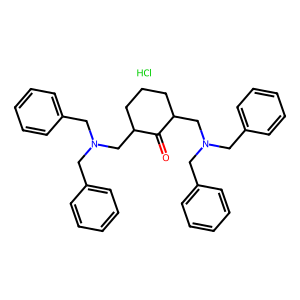
SMILES: Cl.O=C1C(CN(Cc2ccccc2)Cc2ccccc2)CCCC1CN(Cc1ccccc1)Cc1ccccc1
Inhibits HIV replication: No